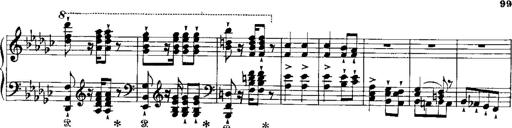
Title: RÃ©miniscences de Norma de Bellini
Composer: Franz Liszt